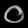
Digit: ၀